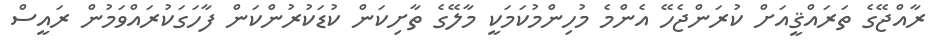
ރާއްޖޭގެ ތަރައްޤީއަށް ކުރަންޖެހޭ އެންމެ މުހިންމުކަމަކީ މާލޭގެ ތާށިކަން ކުޑަކުރުންކަން ފާހަގަކުރައްވަމުން ރައީސް